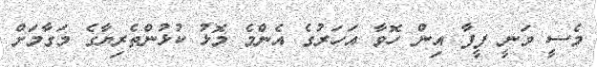
މެސީ ވަނީ ފީފާ އިން ހޮވާ އަހަރުގެ އެންމެ މޮޅު ކުޅުންތެރިޔާގެ މަގާމަށް